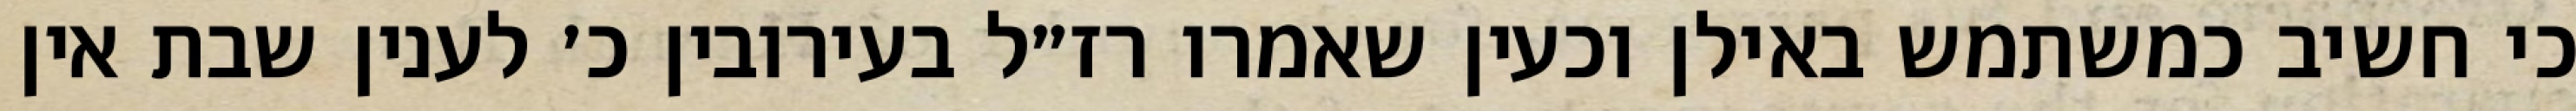
כי חשיב כמשתמש באילן וכעין שאמרו רז״ל בעירובין כ׳ לענין שבת אין